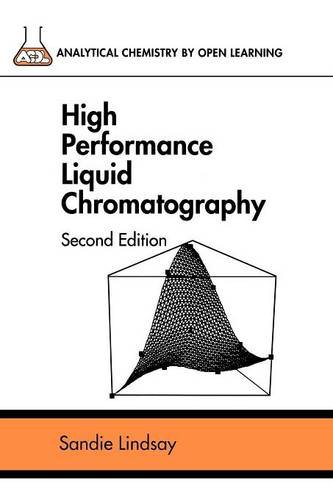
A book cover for High Performance Liquid Chromatography, 2nd Edition; Sandie Lindsay; Science & Math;